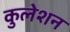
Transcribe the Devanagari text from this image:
कुलेशन